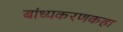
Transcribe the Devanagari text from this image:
बांध्यकरणकहा